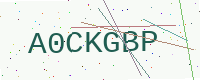
Text: A0CKGBP